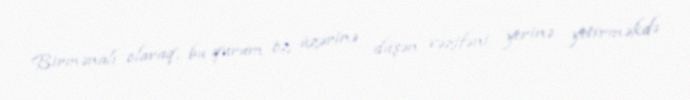
Birmənalı olaraq, bu qurum öz üzərinə düşən vəzifəni yerinə yetirməkdə